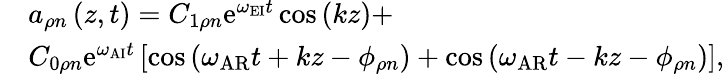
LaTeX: \begin{array}{rl}&{a_{\rho n}\left(z,t\right)=C_{1\rho n}\mathrm{e}^{\omega_{\mathrm{EI}}t}\cos\left(kz\right)+}\\ &{C_{0\rho n}\mathrm{e}^{\omega_{\mathrm{AI}}t}\left[\cos\left(\omega_{\mathrm{AR}}t+kz-\phi_{\rho n}\right)+\cos\left(\omega_{\mathrm{AR}}t-kz-\phi_{\rho n}\right)\right],}\end{array}